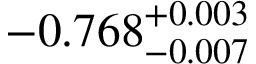
- 0 . 7 6 8 _ { - 0 . 0 0 7 } ^ { + 0 . 0 0 3 }